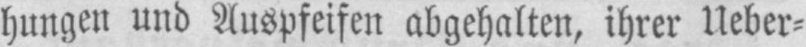
hungen und Auspfeifen abgehalten, ihrer Ueber⸗